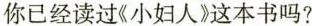
你已经读过《小妇人》这本书吗?